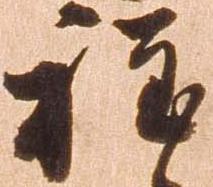
程